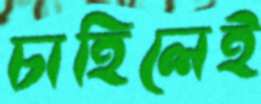
চাহিলেই